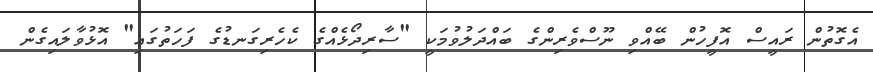
އެގޮތުން ރައީސް އޮފީހުން ބޭއްވި ނޫސްވެރިންގެ ބައްދަލުވުމަކީ "ސާރިދޯޅެއްގެ ކެހެރިގަނޑުގެ ފަހަތުގައި" އޮޅުވާލައިގެން